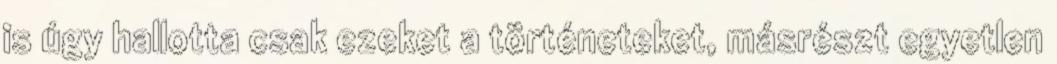
is úgy hallotta csak ezeket a történeteket, másrészt egyetlen